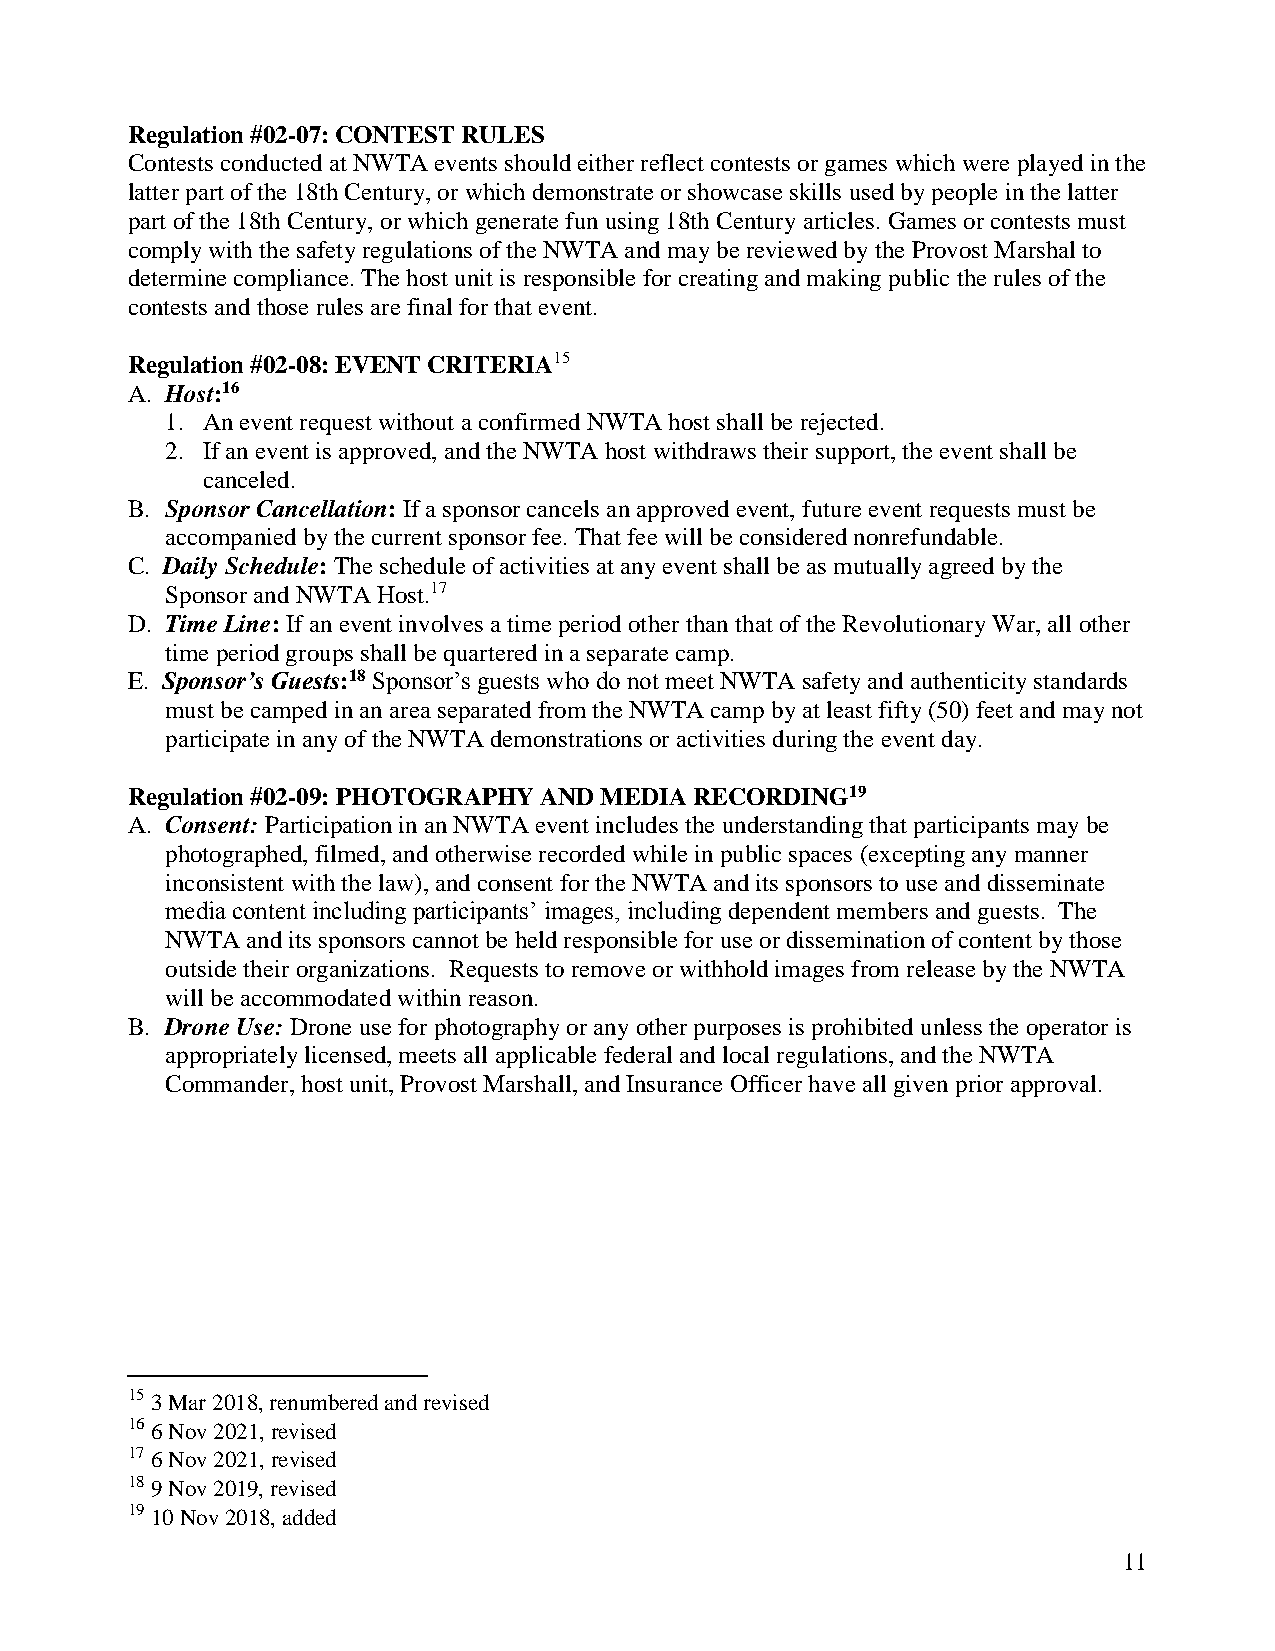
Regulation #02-07: CONTEST RULES
 Contests conducted at NWTA events should either reflect contests or games which were played in the
 latter part of the 18th Century, or which demonstrate or showcase skills used by people in the latter
 part of the 18th Century, or which generate fun using 18th Century articles. Games or contests must
 comply with the safety regulations of the NWTA and may be reviewed by the Provost Marshal to
 determine compliance. The host unit is responsible for creating and making public the rules of the
 contests and those rules are final for that event.
 Regulation #02-08: EVENT CRITERIA15
 A. Host:16
 1. An event request without a confirmed NWTA host shall be rejected.
 2. If an event is approved, and the NWTA host withdraws their support, the event shall be
 canceled.
 B. Sponsor Cancellation: If a sponsor cancels an approved event, future event requests must be
 accompanied by the current sponsor fee. That fee will be considered nonrefundable.
 C. Daily Schedule: The schedule of activities at any event shall be as mutually agreed by the
 Sponsor and NWTA Host.17
 D. Time Line: If an event involves a time period other than that of the Revolutionary War, all other
 time period groups shall be quartered in a separate camp.
 E. Sponsor’s Guests:18 Sponsor’s guests who do not meet NWTA safety and authenticity standards
 must be camped in an area separated from the NWTA camp by at least fifty (50) feet and may not
 participate in any of the NWTA demonstrations or activities during the event day.
 Regulation #02-09: PHOTOGRAPHY AND MEDIA RECORDING19
 A. Consent: Participation in an NWTA event includes the understanding that participants may be
 photographed, filmed, and otherwise recorded while in public spaces (excepting any manner
 inconsistent with the law), and consent for the NWTA and its sponsors to use and disseminate
 media content including participants’ images, including dependent members and guests. The
 NWTA and its sponsors cannot be held responsible for use or dissemination of content by those
 outside their organizations. Requests to remove or withhold images from release by the NWTA
 will be accommodated within reason.
 B. Drone Use: Drone use for photography or any other purposes is prohibited unless the operator is
 appropriately licensed, meets all applicable federal and local regulations, and the NWTA
 Commander, host unit, Provost Marshall, and Insurance Officer have all given prior approval.
 15 3 Mar 2018, renumbered and revised
 16 6 Nov 2021, revised
 17 6 Nov 2021, revised
 18 9 Nov 2019, revised
 19 10 Nov 2018, added
 11